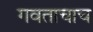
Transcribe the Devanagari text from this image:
गवताचाच